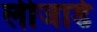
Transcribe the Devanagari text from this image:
लीजार्ड